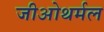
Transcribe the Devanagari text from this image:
जीओथर्मल